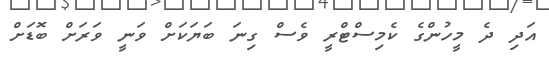
އަދި ދެ މީހުންގެ ކެމިސްޓްރީ ވެސް ގިނަ ބަޔަކަށް ވަނީ ވަރަށް ބޮޑަށް